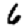
Digit: 6